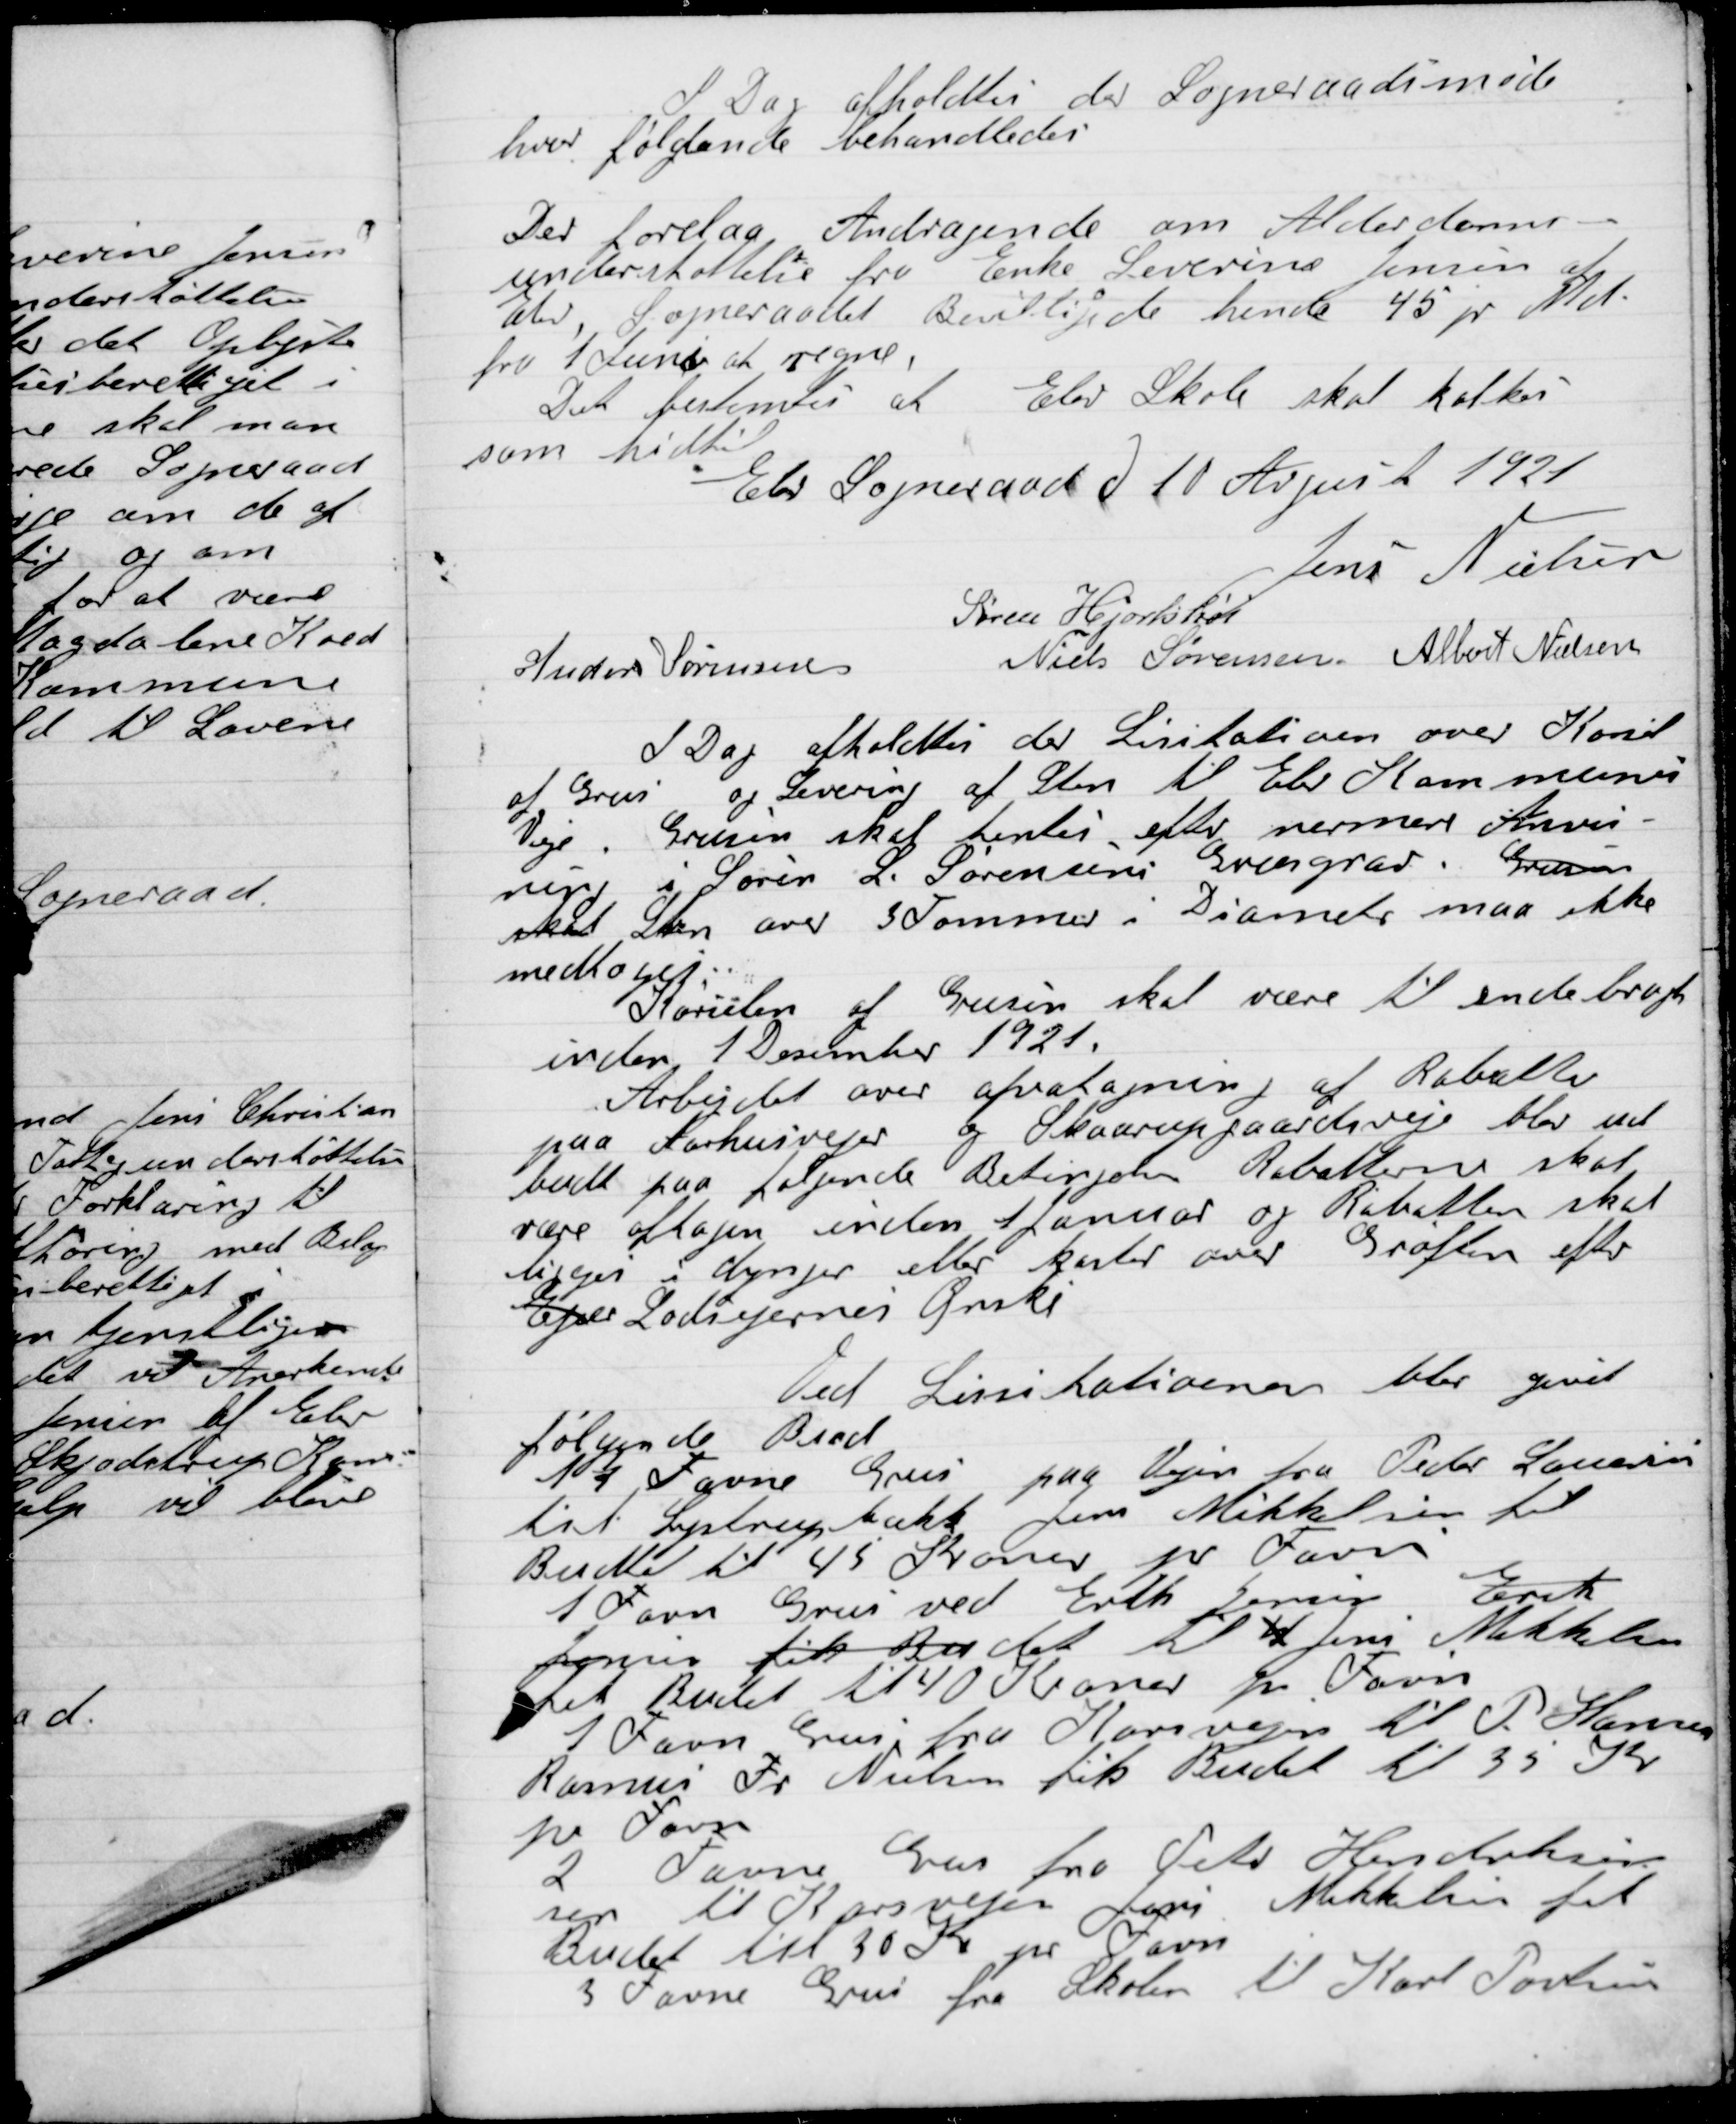
Transskription:
I Dag afholdtes der Sogneraadsmøde
hvor følgende behandledes

Der forelaa andragende om Alderdoms-
understøttelse fra Enke Severine Jensen at
Elev, Sogneraadet Bevilgede hende 45 pr Md.
fra 1 Juni at regne.

Det bestemtes at Elev Skole skal kalkes
som hidtil.
fra 1 Juni at regne.

Elev Sogneraad D. 10 August 1921

Jens Nielsen
Søren Hjortshøi
Anders Sørensen
Niels Sørensen
Albert Nielsen

I Dag afholdte der Licitation over Konsil
af Grus og Levering af sten til Elev Kommune
Veje. Grusen skal hentes efter nermere Anvis –
ning i Søren L. Sørensens grusgrav. Grusens
skal Sten over 3 Tommer i Diameter maa ikke
medtages.
Kørslen af Grusen skal være til ende bragt
inden 1 December 1921.
Arbejdet over afvatagning af Rabatter
paa Aarhusvejen og Skaarupgaardsvejen blev ud
budt paa følgende Betingelser Rabatten skal
være aftagen inden 1 Januar og Rabatten skal
ligge i dynger eller kanter over Grøften efter
Ejer Lodsejernes Ønske.

Ved Licitationen blev givet
Følgende Bud
11 Favne paa Vejen fra Peder Laursen
til Lystrupkrat Jens Mikkelsen fik
Budet til 45 Kroner pr. Favn.
1 Favn Grus ved Erik Jensen Erik
Jensen fik Budet til 4 Jens Mikkelsen
Fik Budet til 40 Kroner pr Favn.
1 Favn Grus fra Havvejen til P. Hansen
Rasmus Fr. Nielsen fik Budet til 35 Kr.
pr Favn.
2 Favne Grus fra Peter Henriksen
til Korsvejen Jens Mikkelsen fik
Budet til 30 Kr. pr. Favn
 3 Favne Grus fra Skolen til Karl Poulsen